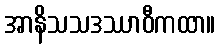
အာနိသသဒဿာဝီကထာ။